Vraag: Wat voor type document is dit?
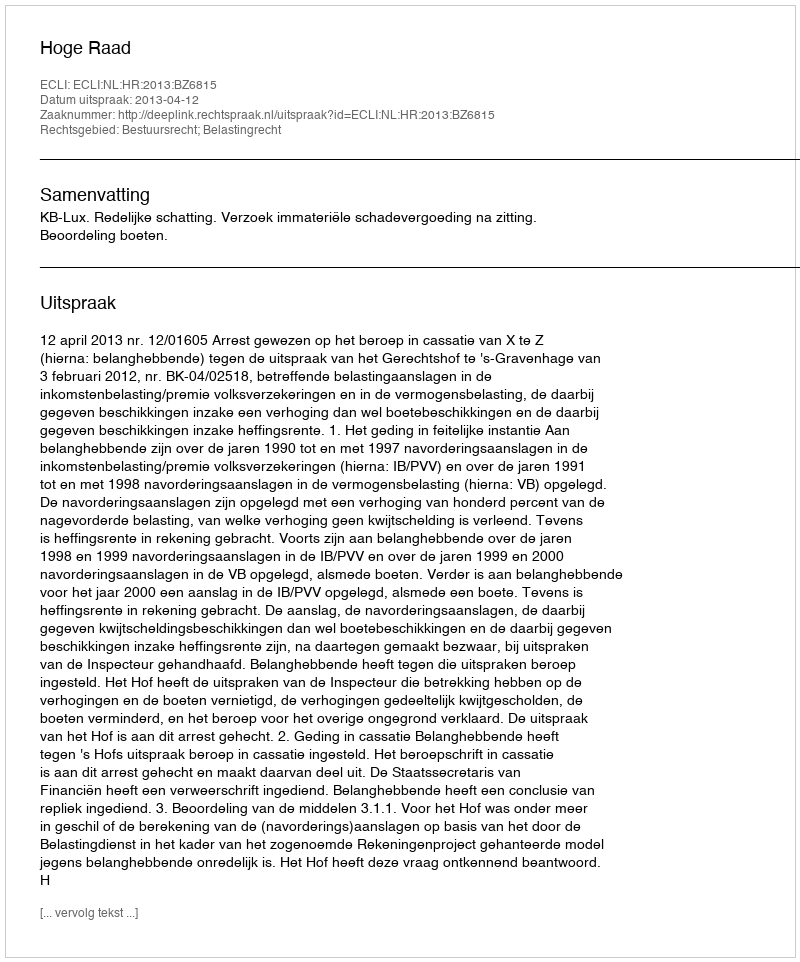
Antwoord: Uitspraak